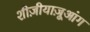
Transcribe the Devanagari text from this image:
शीज़ीयाज़ूआंग